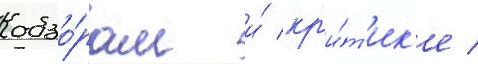
обзо́рам и́ кр'и́т'ик'е /